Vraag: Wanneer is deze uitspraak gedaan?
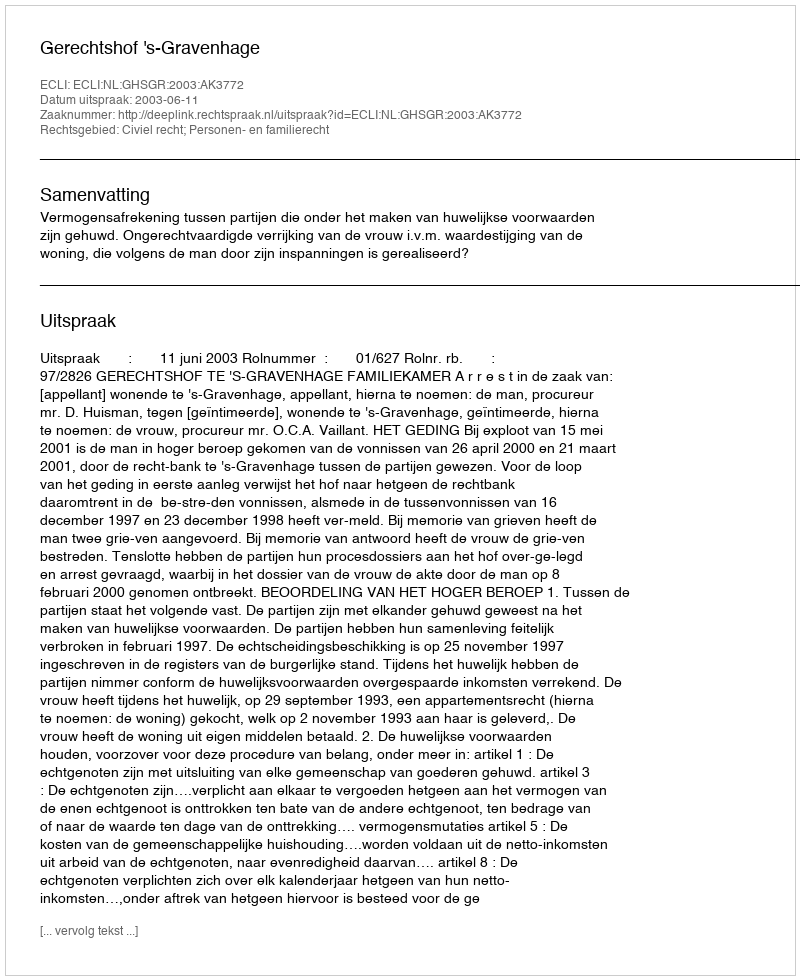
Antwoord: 2003-06-11